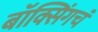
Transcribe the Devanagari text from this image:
बॉक्सिंगचं